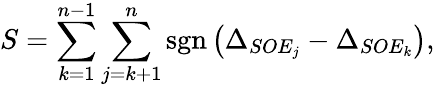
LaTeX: S=\sum_{k=1}^{n-1}\sum_{j=k+1}^{n}\operatorname{sgn}\left(\Delta_{SOE_{j}}-\Delta_{SOE_{k}}\right),